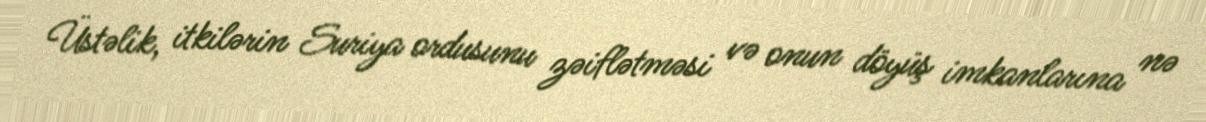
Üstəlik, itkilərin Suriya ordusunu zəiflətməsi və onun döyüş imkanlarına nə